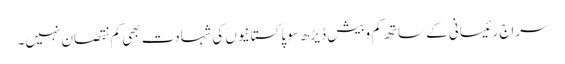
سراج رئیسانی کے ساتھ کم وبیش ڈیڑھ سو پاکستانیوں کی شہادت بھی کم نقصان نہیں۔